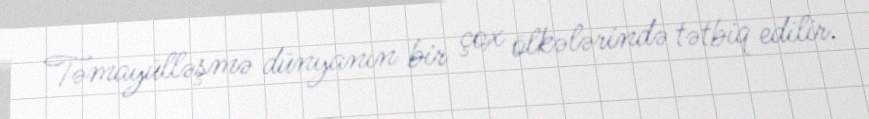
Təmayülləşmə dünyanın bir çox ölkələrində tətbiq edilir.